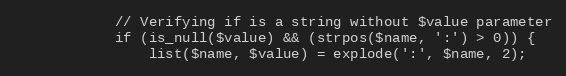
Language: PHP
			// Verifying if is a string without $value parameter
			if (is_null($value) && (strpos($name, ':') > 0)) {
				list($name, $value) = explode(':', $name, 2);